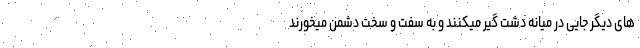
های دیگر جایی در میانه دشت گیر میکنند و به سفت و سخت دشمن میخورند